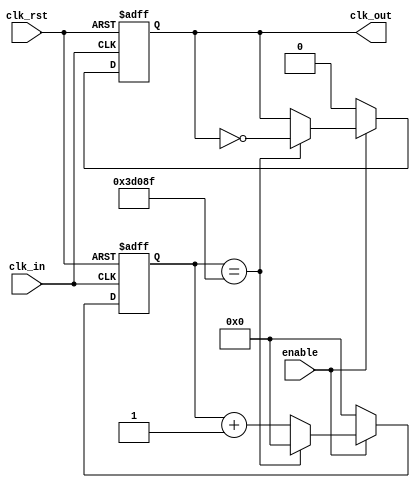
`timescale 1ns / 1ps
//////////////////////////////////////////////////////////////////////////////////
// Company: 
// Engineer: 
// 
// Design Name: 
// Module Name:    contador_ADC 
// Project Name: 
// Target Devices: 
// Tool versions: 
// Description: 
//
// Dependencies: 
//
// Revision: 
// Revision 0.01 - File Created
// Additional Comments: 
//
//////////////////////////////////////////////////////////////////////////////////
module contador_ADC(

 input wire clk_in,clk_rst,enable,
 output reg clk_out
 
 ); 
 
 
reg [17:0] contador ; 

 
always @(posedge clk_in,posedge clk_rst) 

 begin
      if (clk_rst)
		   begin
		   clk_out <= 0;
			contador <= 0;
			end 
      else if (enable)
        begin		
		    if (contador == 18'd249999)  
		        begin                    
			     contador <=18'd0;       
		        clk_out <= ~clk_out;
		        end 
		     else 
		        contador <= contador + 1'b1; 
          end 
		else 
			begin
				contador <= 0;       
		      clk_out <= 0;
			end
		
end 
 
 
endmodule